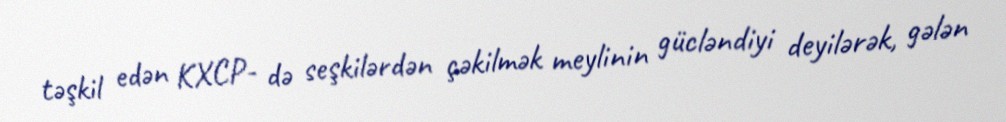
təşkil edən KXCP- də seşkilərdən çəkilmək meylinin gücləndiyi deyilərək, gələn